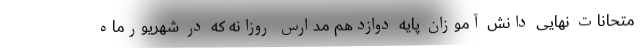
متحانات نهایی دانش آموزان پایه دوازدهم مدارس روزانه که در شهریورماه